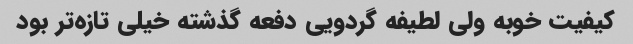
کیفیت خوبه ولی لطیفه گردویی دفعه گذشته خیلی تازه‌تر بود